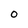
Character: 0